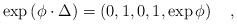
LaTeX: \begin{align*}\exp \left( \phi \cdot \Delta \right) =\left( 0,1,0,1,\exp\phi \right) \quad ,\end{align*}